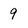
Character: 9